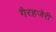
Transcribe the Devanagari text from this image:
गैरहजेरी